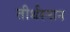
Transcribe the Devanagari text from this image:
तीर्थस्नान